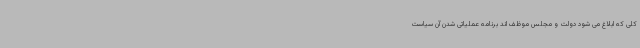
کلی که ابلاغ می شود دولت و مجلس موظف اند برنامه عملیاتی شدن آن سیاست